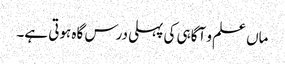
ماں علم و آگاہی کی پہلی درس گاہ ہوتی ہے۔